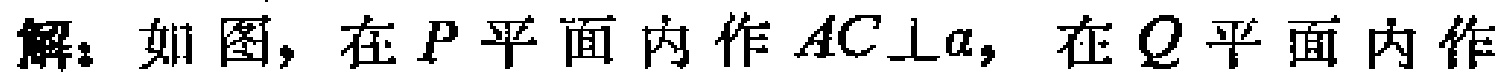
解：如图，在\(P\)平面内作\(AC\perp a\)，在\(Q\)平面内作